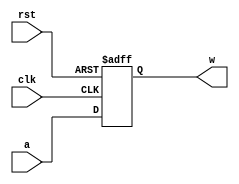
module Reg32bits(clk, rst, a, w);
	input [31:0] a;
	input clk, rst;
	output reg [31:0] w;
	always @(posedge clk, posedge rst)
	begin
		if(rst == 1) w = 32'b0;
		else w <= a;
	end
endmodule